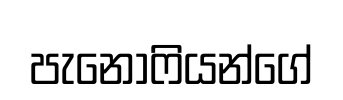
පැනෝෆියන්ගේ